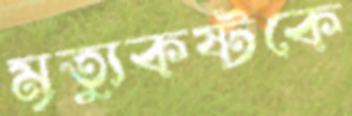
মৃত্যুকষ্টকে